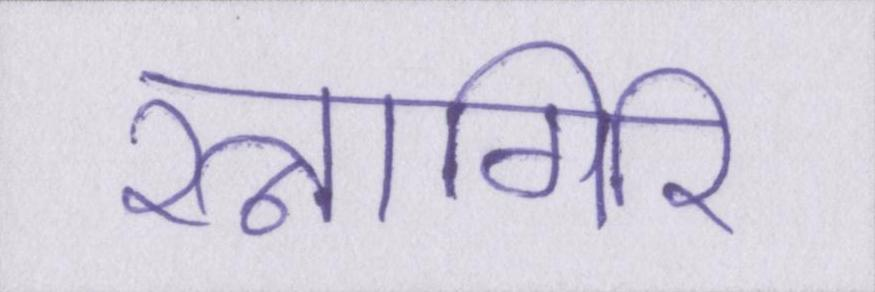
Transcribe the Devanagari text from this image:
रत्नागिरि